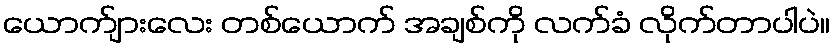
ယောက်ျားလေး တစ်ယောက် အချစ်ကို လက်ခံ လိုက်တာပါပဲ။